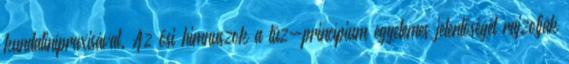
kundalinípraxisával. Az ősi himnuszok a tűz-princípium egyetemes jelentőségét rajzolják